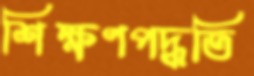
শিক্ষণপদ্ধতি